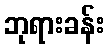
ဘုရားခန်း